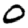
Digit: 0